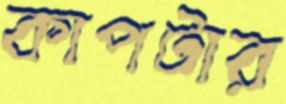
কাপটার